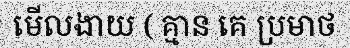
មើលងាយ ( គ្មាន គេ ប្រមាថ